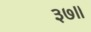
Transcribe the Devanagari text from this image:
३७॥